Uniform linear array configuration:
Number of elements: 8
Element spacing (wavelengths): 0.5
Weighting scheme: hamming
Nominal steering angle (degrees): -45
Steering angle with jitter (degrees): -45.187
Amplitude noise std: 0.05
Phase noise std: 0.05

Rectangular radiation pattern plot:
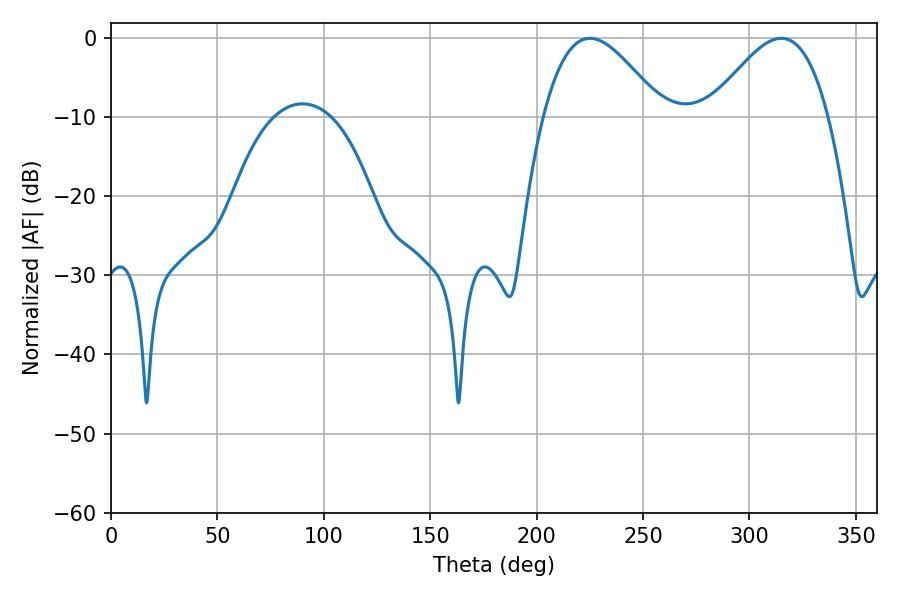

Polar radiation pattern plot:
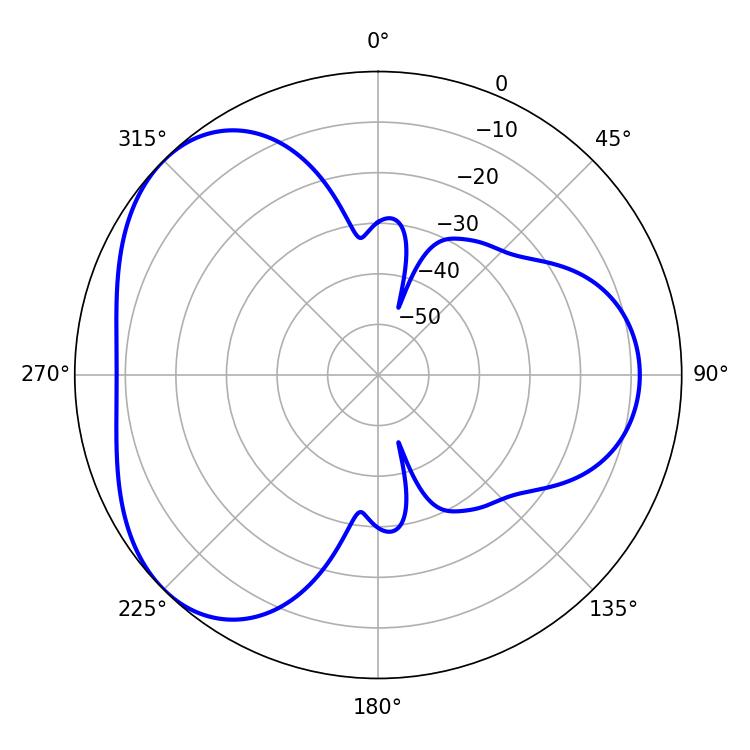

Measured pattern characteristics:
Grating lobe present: FALSE
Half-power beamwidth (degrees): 30.24
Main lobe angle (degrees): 225